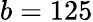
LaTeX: b=125